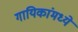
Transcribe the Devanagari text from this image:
गायिकांमध्ये